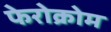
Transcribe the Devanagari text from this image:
फेरोक्रोम